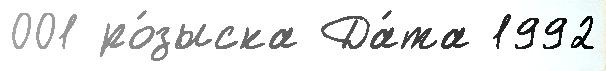
001 ро́зыска Да́та 1992